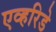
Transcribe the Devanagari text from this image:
एव्हरिडे